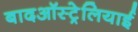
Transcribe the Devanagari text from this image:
बादऑस्ट्रेलियाई